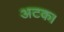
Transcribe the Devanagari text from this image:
अटक।